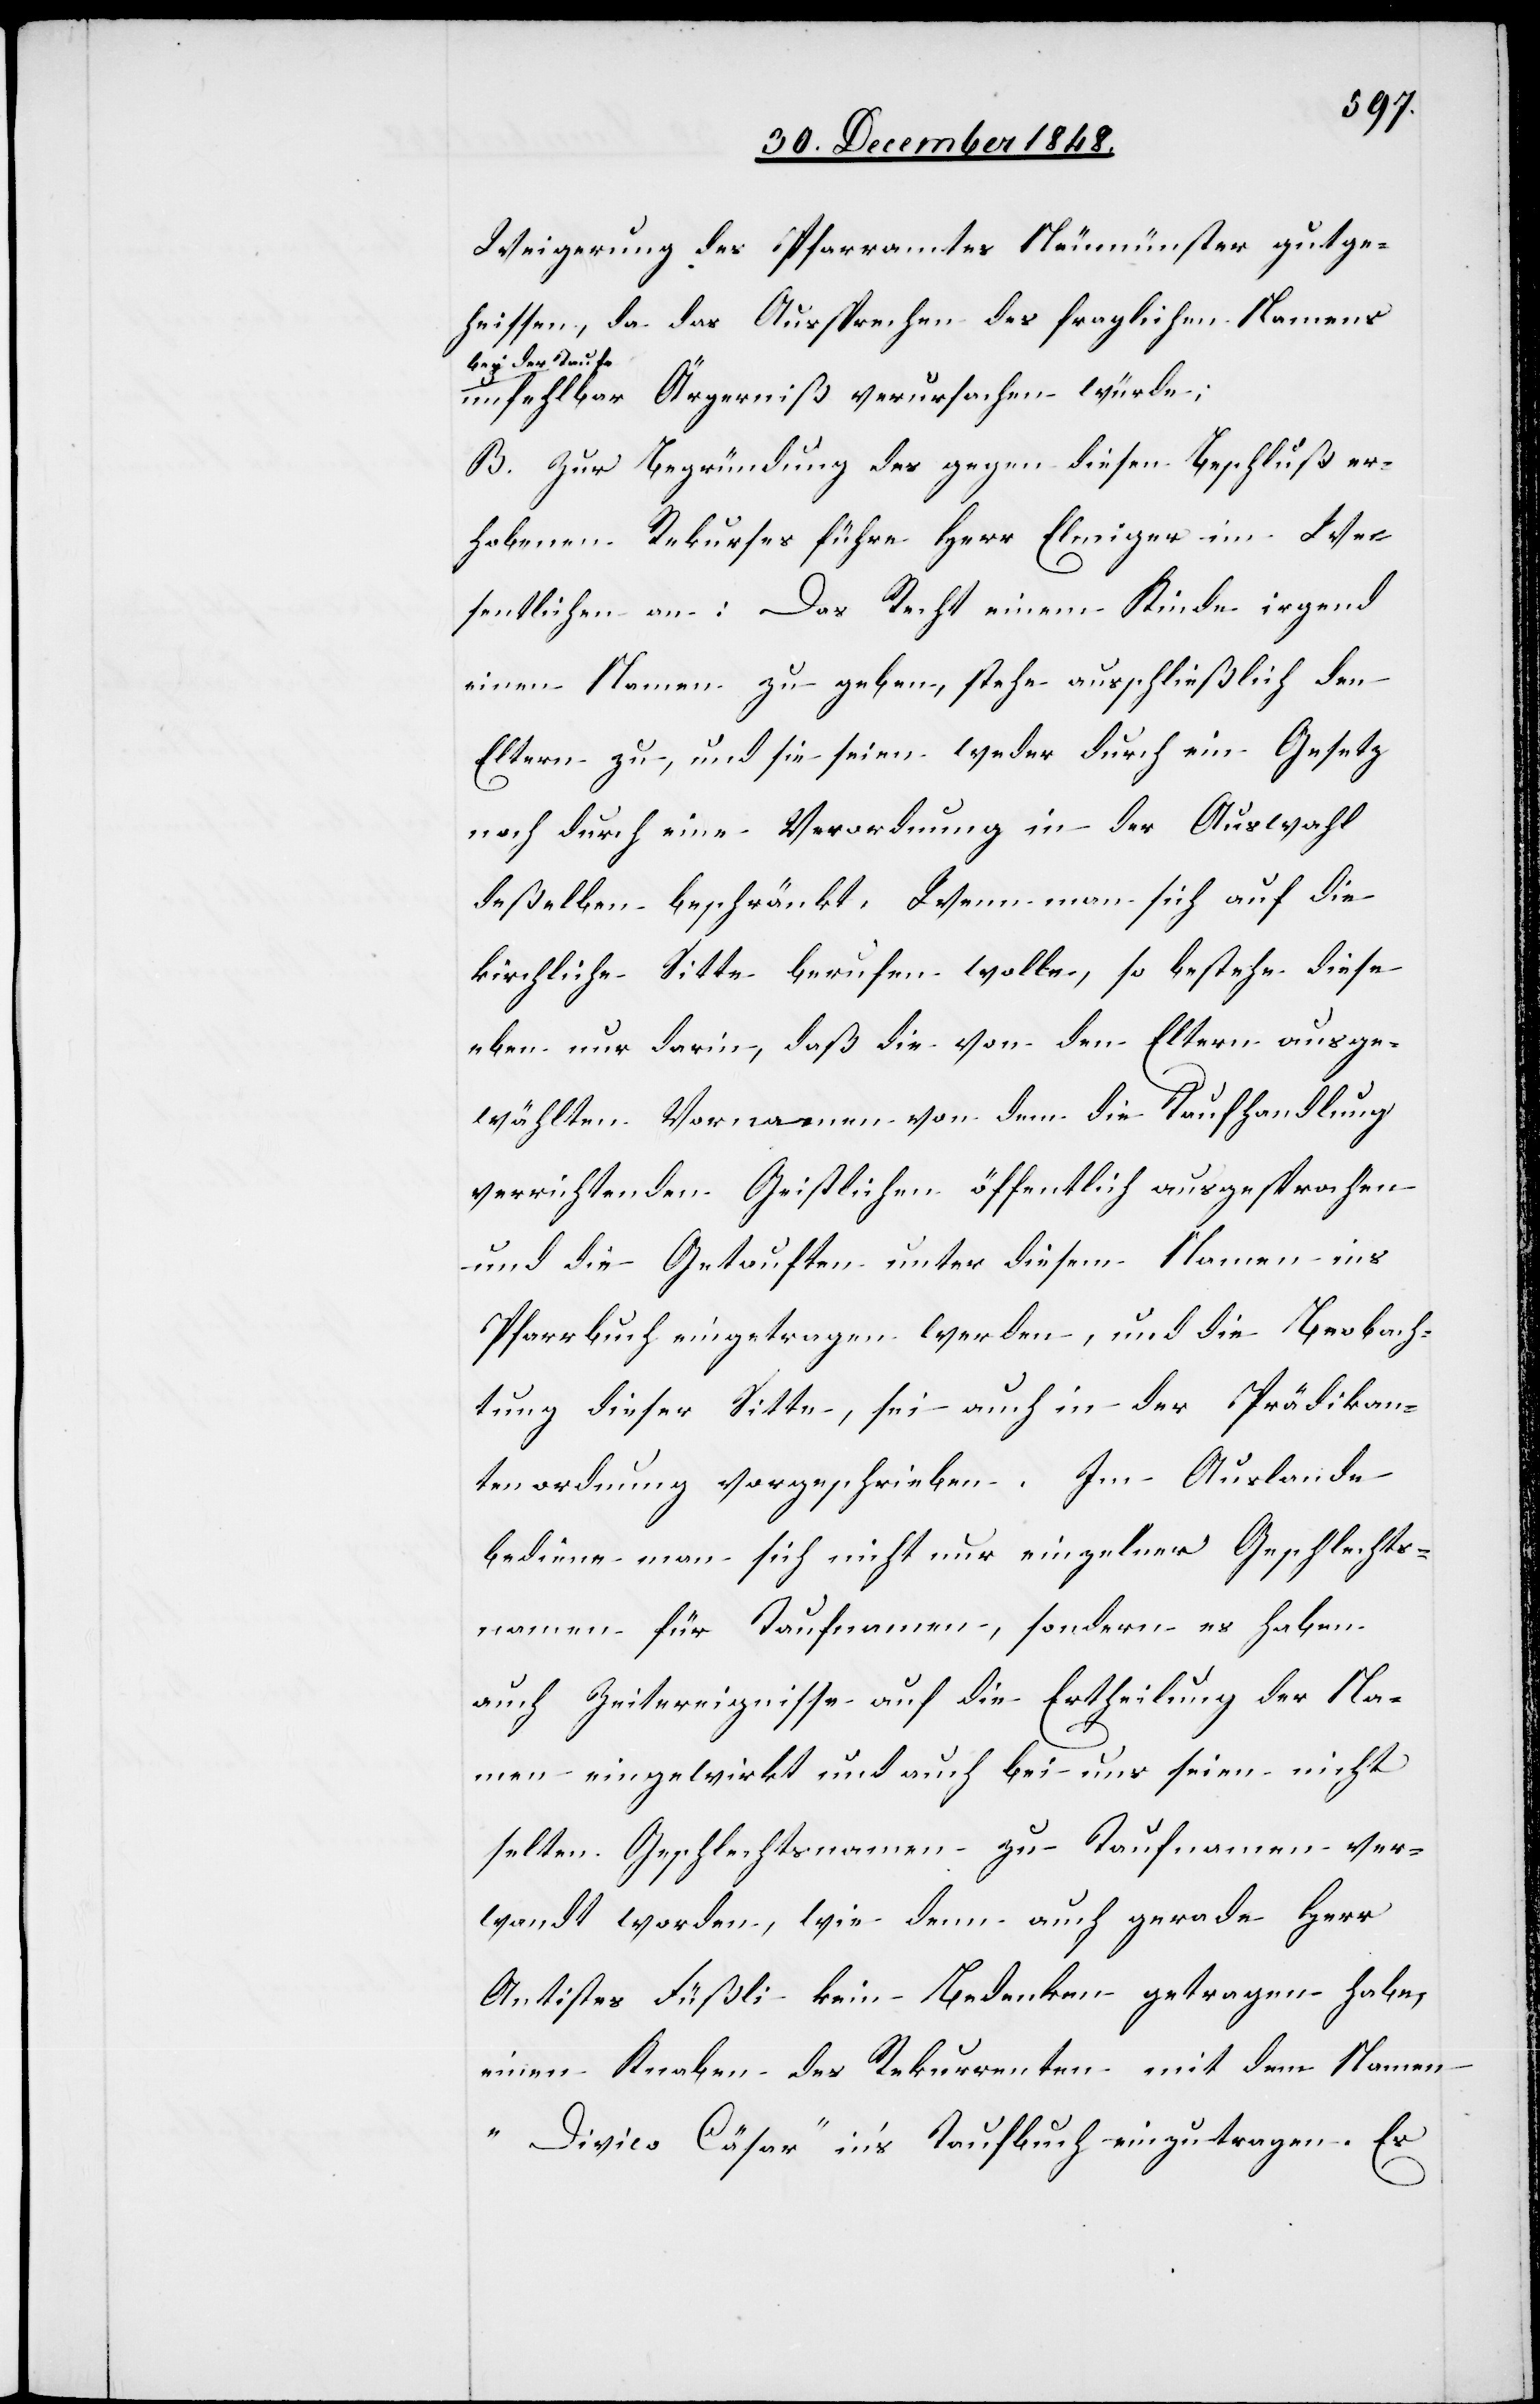
Weigerung des Pfarramtes Neumünster gutge¬
heissen, da das Aussprechen des fraglichen Namens
bei der Taufe
unfehlbar Ärgerniß verursachen würde;
B. Zur Begründung des gegen diesen Beschluß er¬
hobenen Rekurses führe Herr Elmiger im We¬
sentlichen an: Das Recht einem Kinde irgend
einen Namen zu geben, stehe ausschließlich den
Eltern zu, und sie seien weder durch ein Gesetz
noch durch eine Verordnung in der Auswahl
deßelben beschränkt. Wenn man sich auf die
kirchliche Sitte berufen wolle, so bestehe diese
eben nur darin, daß die von den Eltern ausge¬
wählten Vornamen von dem die Taufhandlung
verrichtenden Geistlichen öffentlich ausgesprochen
und die Getauften unter diesem Namen ins
Pfarrbuch eingetragen werden, und die Beobach¬
tung dieser Sitte, sei auch in der Prädika¬
tenordnung vorgeschrieben. Im Auslande
bediene man sich nicht nur einzelner Geschlechts¬
namen für Taufnamen, sondern es haben
auch Zeitereignisse auf die Ertheilung der Na¬
men eingewirkt und auch bei uns seien nicht
selten Geschlechtsnamen zu Taufnamen ver¬
wandt worden, wie denn auch gerade Herr
Antistes Füßli kein Bedenken getragen habe,
einen Knaben des Rekurrenten mit dem Namen
„Divico Cäsar“ in’s Taufbuch einzutragen. Es